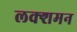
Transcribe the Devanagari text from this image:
लक्शमन